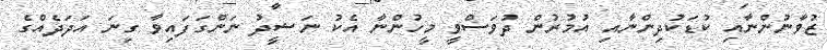
ޒުވާނުންނާއި ކުޑަކުދިންނާއި އުމުރުން ދުވަސްވީ މީހުންނާ އެކު ނަޝީދު ނަންގަފައިވާ ގިނަ އަދަދެއްގެ